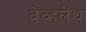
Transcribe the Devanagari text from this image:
वेव्हलेंथ